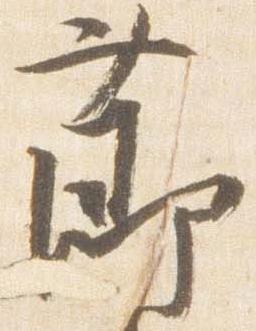
節